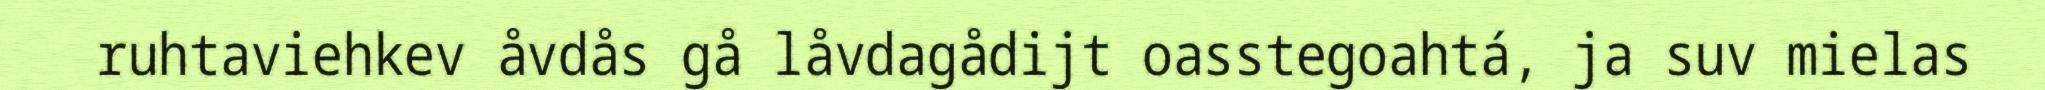
ruhtaviehkev åvdås gå låvdagådijt oasstegoahtá, ja suv mielas